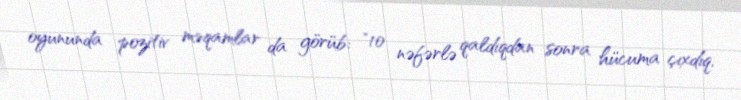
oyununda pozitiv məqamlar da görüb: "10 nəfərlə qaldıqdan sonra hücuma çıxdıq,